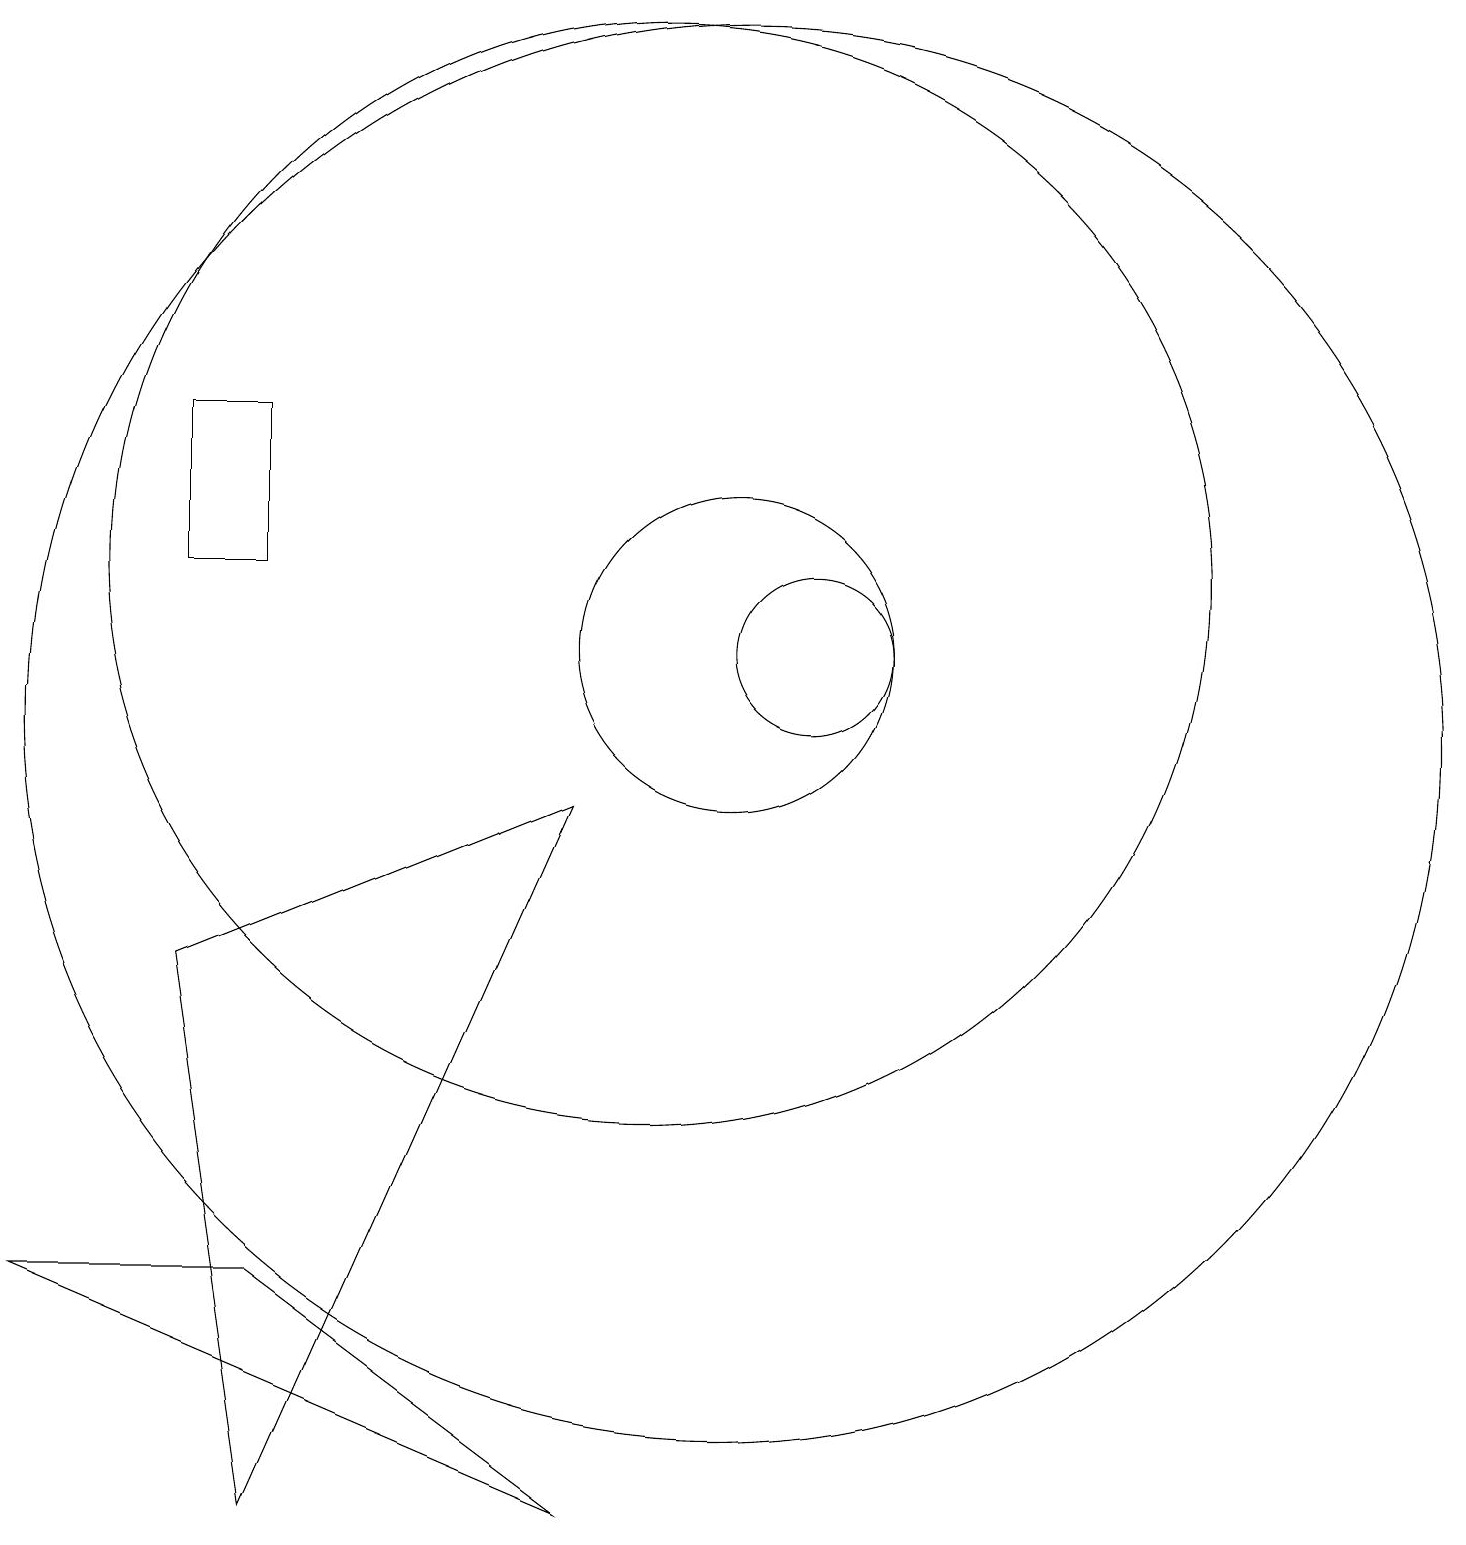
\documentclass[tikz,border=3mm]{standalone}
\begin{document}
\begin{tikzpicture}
\draw (10,12) circle (7);
\draw (5,0) -- (4,7) -- (9,9) -- cycle;
\draw (12,11) circle (1);
\draw (5,14) rectangle (4,12);
\draw (11,10) circle (9);
\draw (2,3) -- (9,0) -- (5,3) -- cycle;
\draw (11,11) circle (2);
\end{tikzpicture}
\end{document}